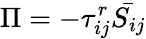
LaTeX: \Pi=-\tau_{ij}^{r}{\bar{S_{ij}}}